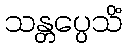
သန္တပ္ပေသိံ